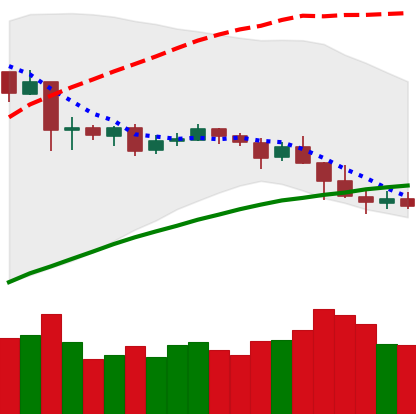
Ticker: NEO-USD
Chart end date: 2019-04-28
Forward return: 7.392%
Label: up_7plus